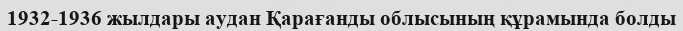
1932-1936 жылдары аудан Қарағанды ​​облысының құрамында болды